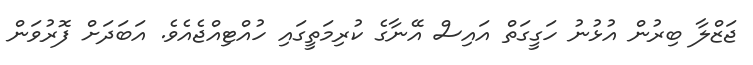
ޖަޒްލާ ބިރުން އުޅުނު ހަގީގަތް އައިސް އޭނާގެ ކުރިމަތީގައި ހުއްޓިއްޖެއެވެ. އަބަދަށް ފޮރުވަން